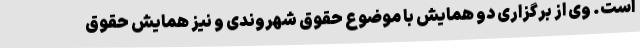
است. وی از برگزاری دو همایش با موضوع حقوق شهروندی و نیز همایش حقوق